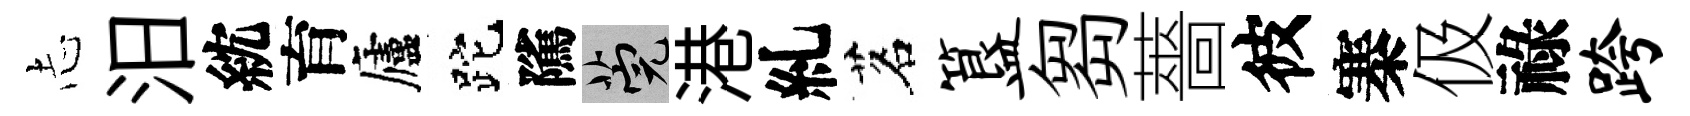
𢖽汨紞育廬跎隲筦港糺茗簋芻薔彼寨伋祿跨